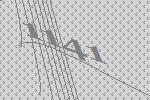
1141